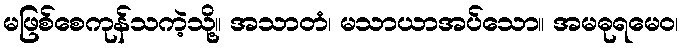
မဖြစ်စေကုန်သကဲ့သို့။ အသာတံ၊ မသာယာအပ်သော။ အမဓုရမေဝ၊